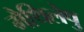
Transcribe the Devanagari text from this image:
मैथिलेषु